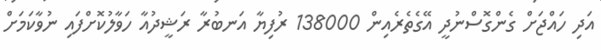
އަދި ހައްޖަށް ގެންގޮސްނުދީ އޭގެތެރެއިން 138000 ރުފިޔާ އަނބުރާ ރަޝީދުއާ ހަވާލުކޮށްފައި ނުވާކަމަށް